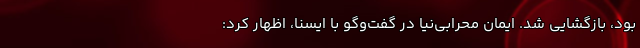
بود، بازگشایی شد. ایمان محرابی‌نیا در گفت‌وگو با ایسنا، اظهار کرد: